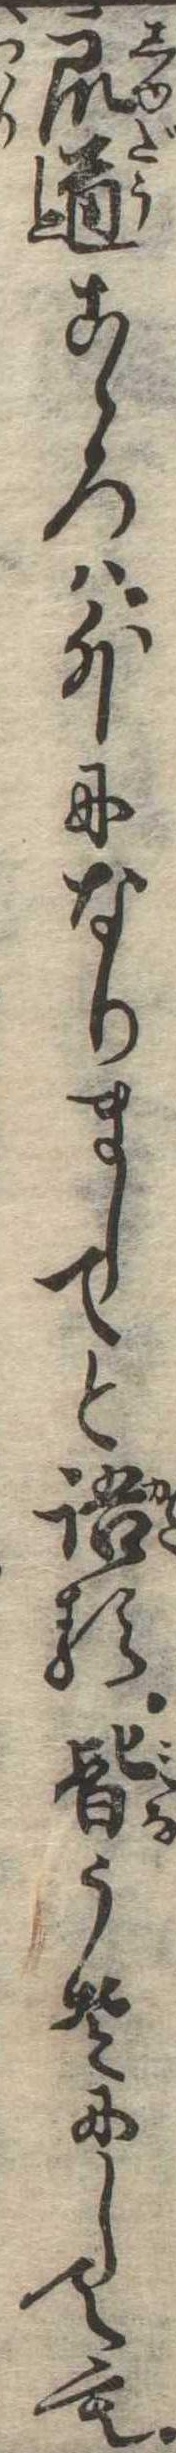
衆道こゝろは外になりましてと語る皆うそにしても